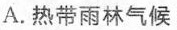
A.热带雨林气候